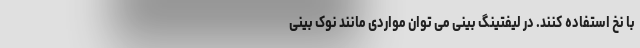
با نخ استفاده کنند. در لیفتینگ بینی می توان مواردی مانند نوک بینی